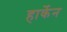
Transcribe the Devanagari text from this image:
हार्केन